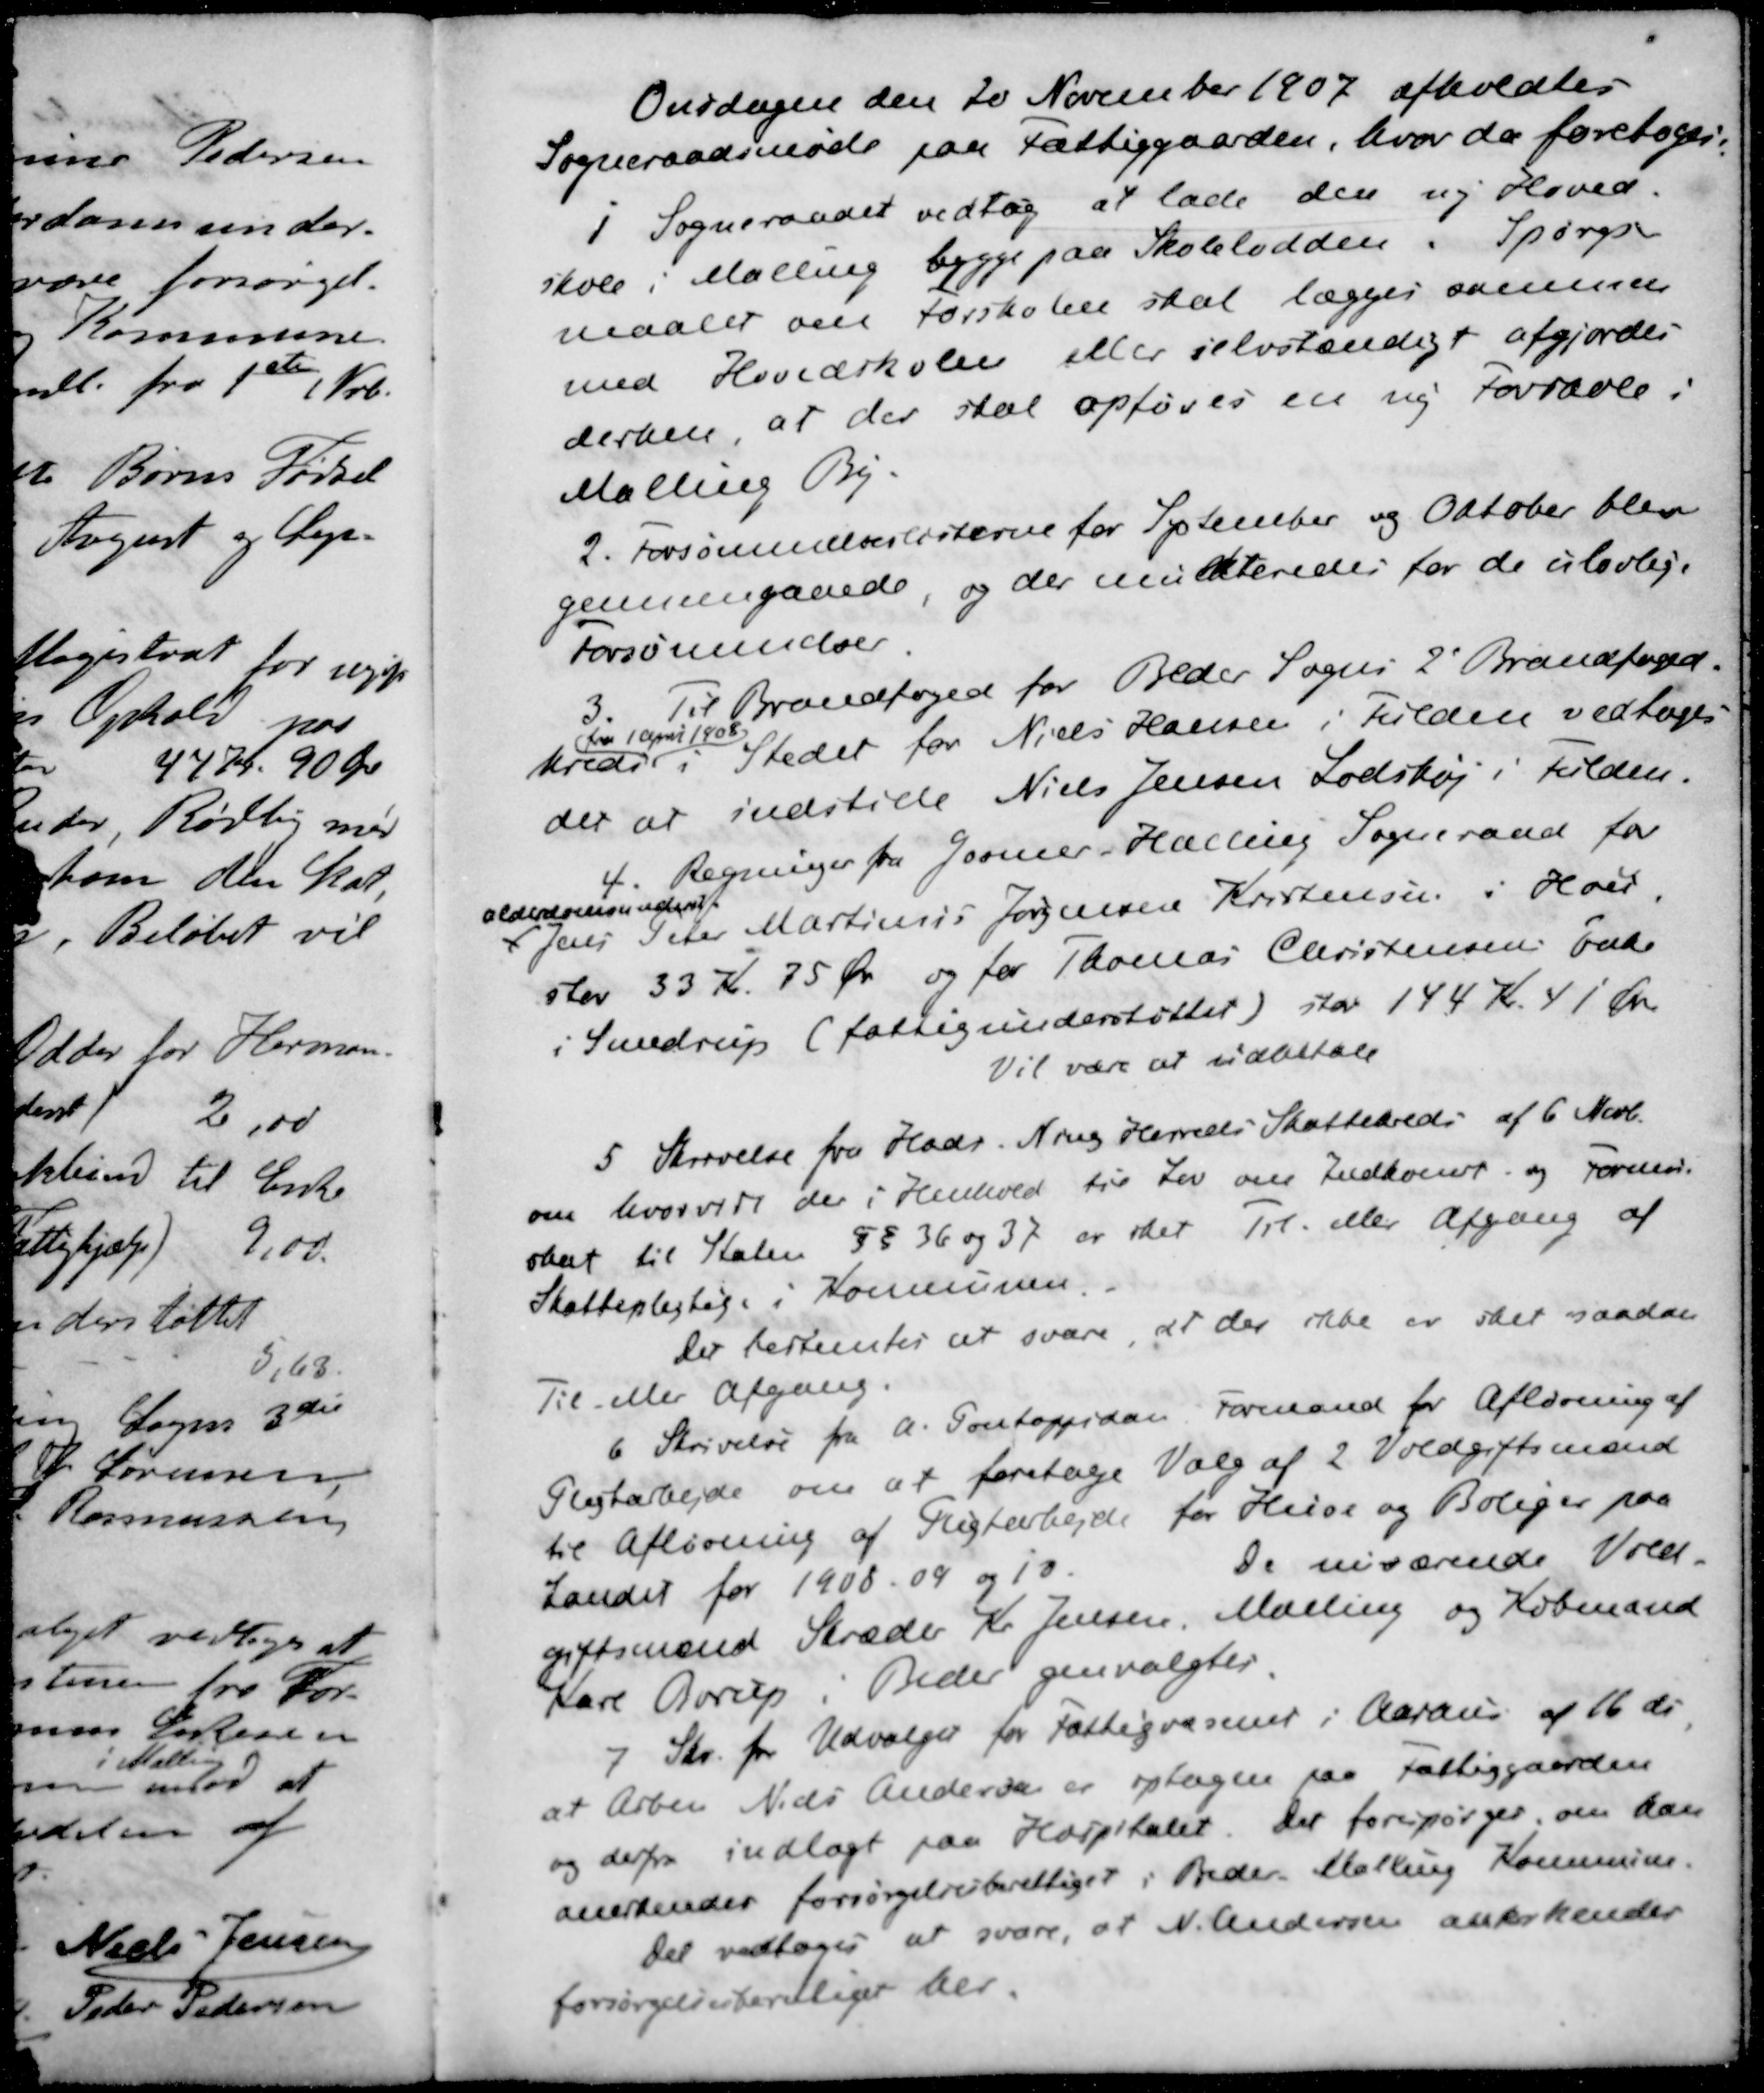
Transskription:
Onsdagen den 20 November 1907 afholdtes
Sogneraadsmøde paa Fattiggaarden, hvor da foretoges:
1 Sogneraadet vedtog at lade den ny Hoved-
skole i Malling bygge paa Skolelodden. Spørgs-
maalet om forskolen skal lægges sammen
med Hovedskolen eller selvstændigt afgjordes
derhen, at der skal opføres en ny Forskole i
Malling By.
2. Forsømmelseslisterne for September og Oktober blev
gennemgaaede, og der mulkteredes for de ulovlige
Forsømmelse.
3. Til Brandfoged for Beder Sogns 2' Brandfoged-
fra 1 April 1808,
kreds i Stedet for Niels Hansen i Fulden vedtoges
det at indstille Niels Jensen Lodshøj i Fulden.
4. Regninger fra Gosmer Halling Sogneraad for
alderdomsunderst
Jens Peter Martinus Jørgensen Kristensen i Hou
stor 33 Kr 75 Øre og for Thomas Christensen Enke
i Sondrup (fattigunderstøttet) stor 144 Kr. 41 Øre
Vil være at udbetale
5 Skrivelse fra Hads Ning Herreds Skattekreds af 6 Novb.
om hvorvidt der i Henhold til Lov om Indkomst og formue-
skat til Staten §§ 36 og 37 er det til eller afgang af
Skattepligtige i Kommunen.
Der bestemtes at svare, at der ikke er sket saadan
Til eller Afgang.
6 Skrivelse fra A. Pontoppidan Formand for Afløsning af
Pligtarbejde om at foretage Valg af 2 Voldgiftsmænd
til Afløsning af Pligtarbejde for Huse og Boliger paa
Landet for 1908 09 og 10. De nuværende Vold-
giftsmænd Skræder Kr Jensen, Malling og Købmand
Karl Borup i Beder genvalgtes.
7 Skr. fra Udvalget for Fattigvæsenet i Aarhus af 16 ds
at Arbm Niels Andersen er optagen paa Fattiggaarden
og derfra indlagt paa Hospitalet. Der forespørger, om han
anerkendes forsørgelsesberettiget i Beder Malling Kommune.
Det vedtoges at svare, og N. Andersen anerkendes
forsørgelsesberettiget her.